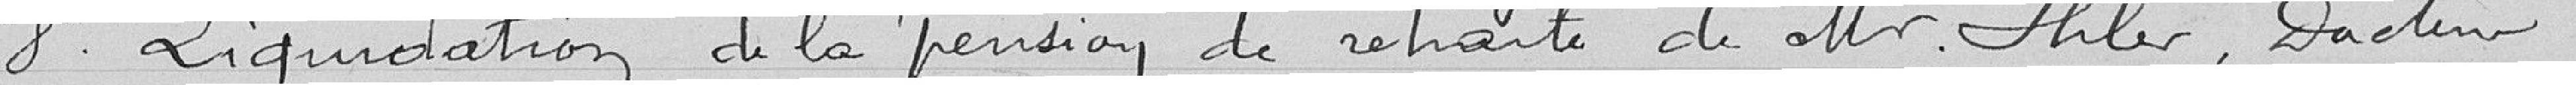
8° Liquidation de la pension de retraite de Monsieur Ihler, Docteur.